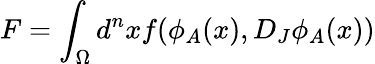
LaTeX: F=\int_{\Omega}d^{n}xf(\phi_{A}(x),D_{J}\phi_{A}(x))